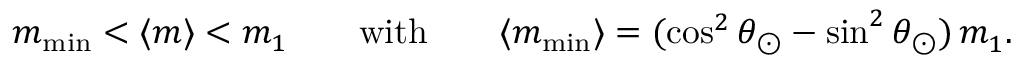
m _ { \operatorname * { m i n } } < \langle m \rangle < m _ { 1 } \qquad \mathrm { w i t h } \qquad \langle m _ { \operatorname * { m i n } } \rangle = ( \cos ^ { 2 } \theta _ { \odot } - \sin ^ { 2 } \theta _ { \odot } ) \, m _ { 1 } ^ { } .